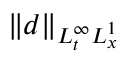
\| d \| _ { L _ { t } ^ { \infty } L _ { x } ^ { 1 } }